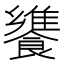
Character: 𩞠